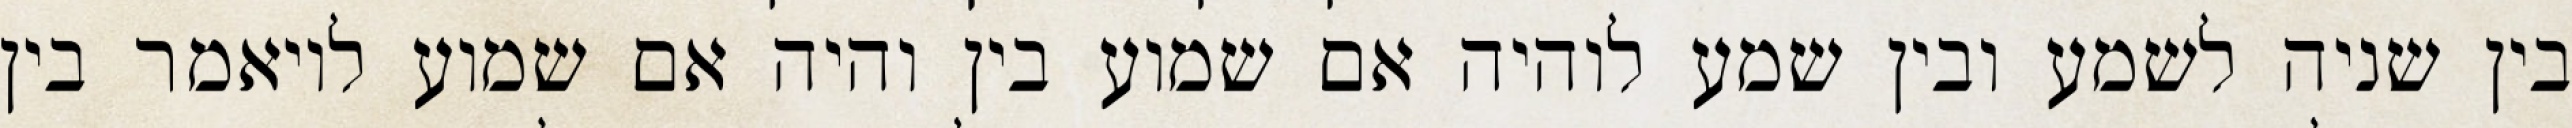
בין שניה לשמע ובין שמע לוהיה אם שמוע בין והיה אם שמוע לויאמר בין